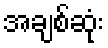
အချစ်ဆုံး